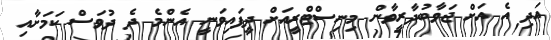
އަދި އެ އަށް ޖަވާބުދާރީވާން މިނިސްޓްރީއަށް ދީފައިވަނީ އެންމެ ދެ ދުވަސް ކަމަށާއި